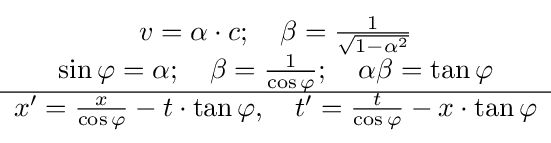
{\begin{matrix}v=\alpha \cdot c;\quad \beta ={\frac {1}{\sqrt {1-\alpha ^{2}}}}\\\sin \varphi =\alpha ;\quad \beta ={\frac {1}{\cos \varphi }};\quad \alpha \beta =\tan \varphi \\\hline x'={\frac {x}{\cos \varphi }}-t\cdot \tan \varphi ,\quad t'={\frac {t}{\cos \varphi }}-x\cdot \tan \varphi \end{matrix}}